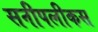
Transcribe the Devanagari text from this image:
सनीपलीकस